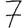
Digit: 7